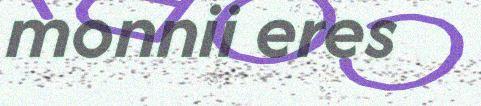
monnii eres